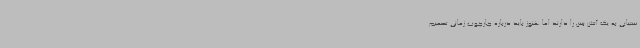
ستیابی به یک آتش بس را دارند اما هنوز باید درباره چارچوب زمانی تصمیم